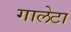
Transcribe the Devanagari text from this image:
गालेटा